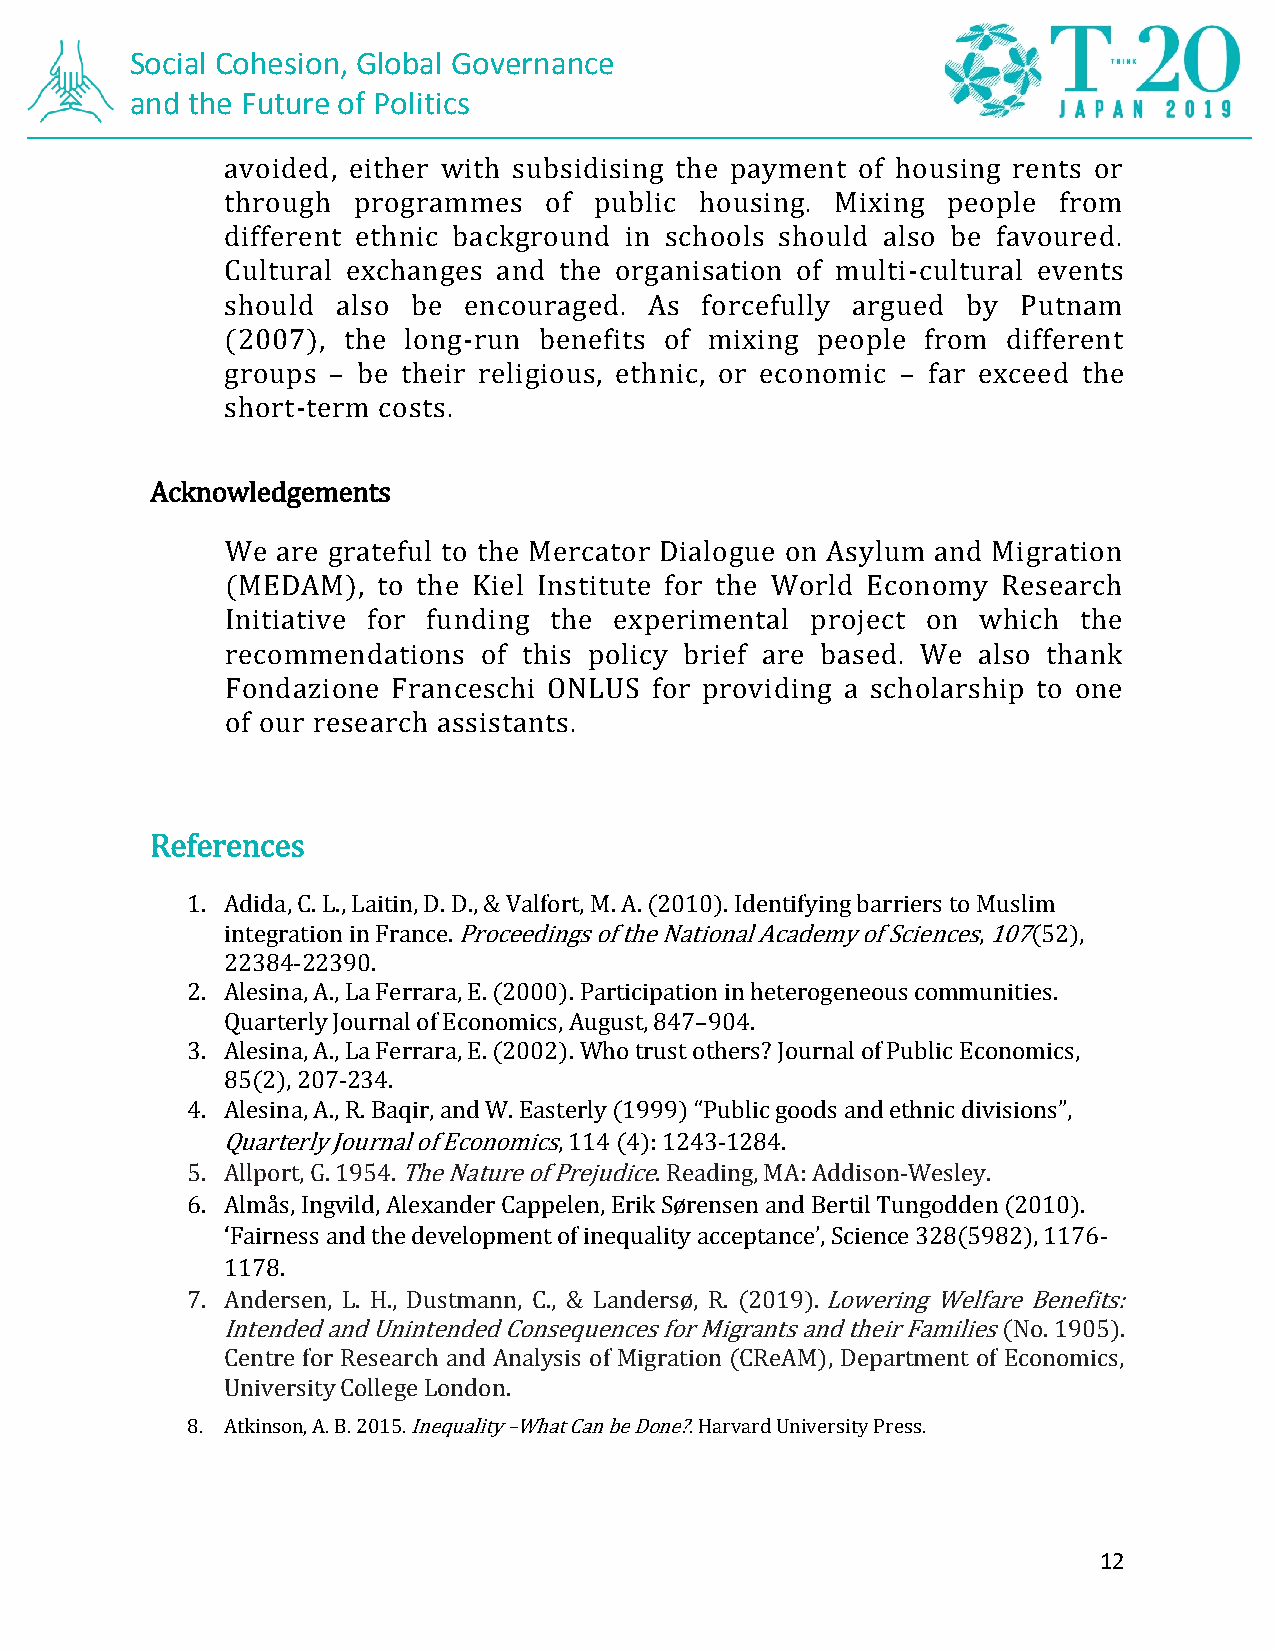
Social Cohesion, Global Governance
 and the Future of Politics
 avoided, either with subsidising the payment of housing rents or
 through programmes   of public housing. Mixing  people from
 different ethnic background in schools should also be favoured.
 Cultural exchanges and the organisation of multi-cultural events
 should also be  encouraged. As forcefully argued by  Putnam
 (2007), the long-run benefits of mixing people from different
 groups – be their religious, ethnic, or economic – far exceed the
 short-term costs.
 Acknowledgements
 We are grateful to the Mercator Dialogue on Asylum and Migration
 (MEDAM),  to the Kiel Institute for the World Economy Research
 Initiative for funding the experimental project on which the
 recommendations  of this policy brief are based. We also thank
 Fondazione Franceschi ONLUS for providing a scholarship to one
 of our research assistants.
 References
 1. Adida, C. L., Laitin, D. D., & Valfort, M. A. (2010). Identifying barriers to Muslim
 integration in France. Proceedings of the National Academy of Sciences, 107(52),
 22384-22390.
 2. Alesina, A., La Ferrara, E. (2000). Participation in heterogeneous communities.
 Quarterly Journal of Economics, August, 847–904.
 3. Alesina, A., La Ferrara, E. (2002). Who trust others? Journal of Public Economics,
 85(2), 207-234.
 4. Alesina, A., R. Baqir, and W. Easterly (1999) “Public goods and ethnic divisions”,
 Quarterly Journal of Economics, 114 (4): 1243-1284.
 5. Allport, G. 1954. The Nature of Prejudice. Reading, MA: Addison-Wesley.
 6. Almås, Ingvild, Alexander Cappelen, Erik Sørensen and Bertil Tungodden (2010).
 ‘Fairness and the development of inequality acceptance’, Science 328(5982), 1176-
 1178.
 7. Andersen, L. H., Dustmann, C., & Landersø, R. (2019). Lowering Welfare Benefits:
 Intended and Unintended Consequences for Migrants and their Families (No. 1905).
 Centre for Research and Analysis of Migration (CReAM), Department of Economics,
 University College London.
 8. Atkinson, A. B. 2015. Inequality –What Can be Done?. Harvard University Press.
 12